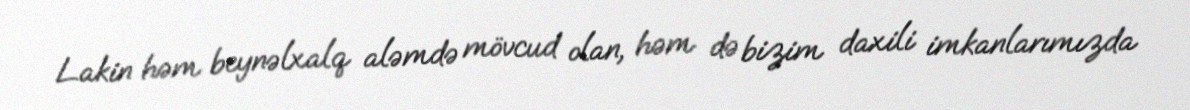
Lakin həm beynəlxalq aləmdə mövcud olan, həm də bizim daxili imkanlarımızda